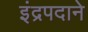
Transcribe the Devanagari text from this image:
इंद्रपदाने